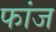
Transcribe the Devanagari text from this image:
फांज